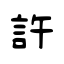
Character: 許